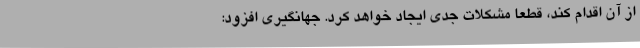
از آن اقدام کند، قطعا مشکلات جدی ایجاد خواهد کرد. جهانگیری افزود: